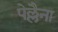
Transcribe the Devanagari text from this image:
पेल्लैना